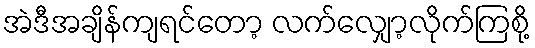
အဲဒီအချိန်ကျရင်တော့ လက်လျှော့လိုက်ကြစို့